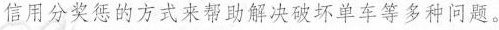
信用分奖惩的方式来帮助解决破坏单车等多种问题。